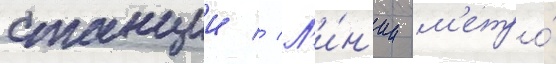
станции // Л'и́н'ии м'етро́